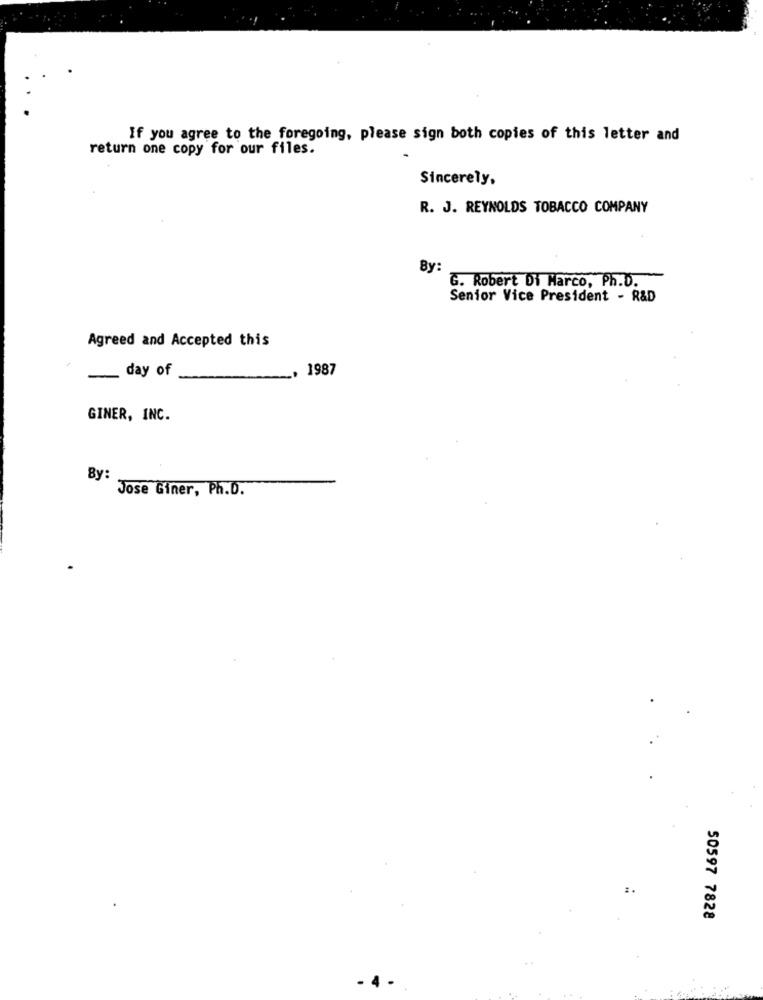
If you agree to the foregoing, please sign both copies of this letter and
return one copy for our files.
Sincerely,
R. J. REYNOLDS TOBACCO COMPANY
By:
G. Robert Di Marco, Ph.D.
Senior Vice President - R&D
Agreed and Accepted this
- day of
1987
GINER, INC.
By:
Jose Giner, Ph.D.
50597 7828